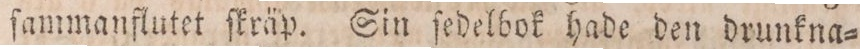
ſammanflutet ſkräp. Sin ſedelbok hade den drunkna=